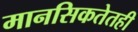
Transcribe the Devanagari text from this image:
मानसिकतेतही